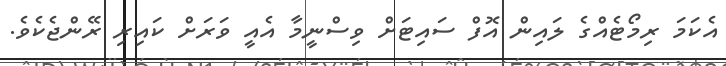
އެކަމަ ރިމޯޓެއްގެ ލައިން އޮފް ސައިޓަށް ވިސްނީމާ އެއީ ވަރަށް ކައިރި ރޭންޖެކެވެ.